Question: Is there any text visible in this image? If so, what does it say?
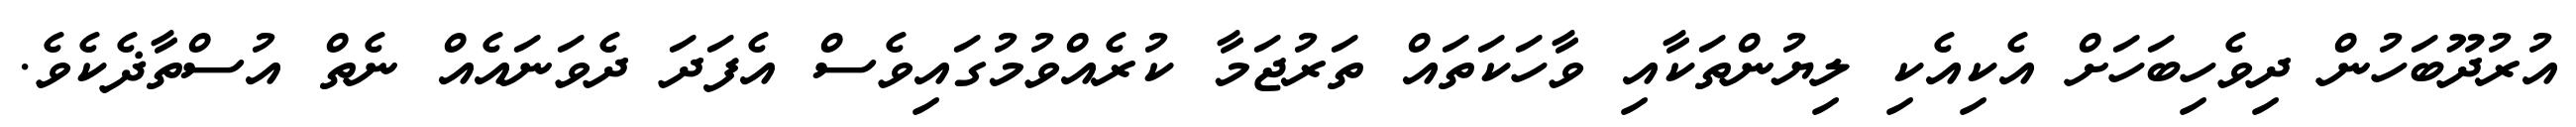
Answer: އުރުދޫބަހުން ދިވެހިބަހަށް އެކިއެކި ލިޔުންތަކާއި ވާހަކަތައް ތަރުޖަމާ ކުރެއްވުމުގައިވެސް އެފަދަ ދެވަނައެއް ނެތް އުސްތާޛެކެވެ.